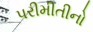
પરીમીતીનો